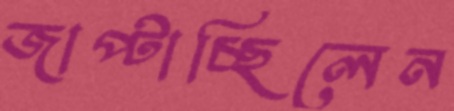
জাপ্‌টাচ্ছিলেন